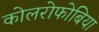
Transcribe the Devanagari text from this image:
कोलरोफोबिया